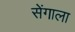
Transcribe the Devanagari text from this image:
सेंगाला